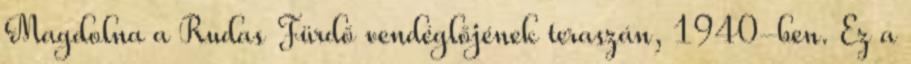
Magdolna a Rudas Fürdő vendéglőjének teraszán, 1940-ben. Ez a